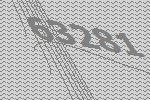
63281